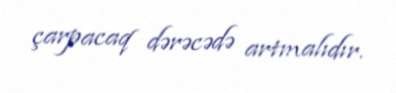
çarpacaq dərəcədə artmalıdır.